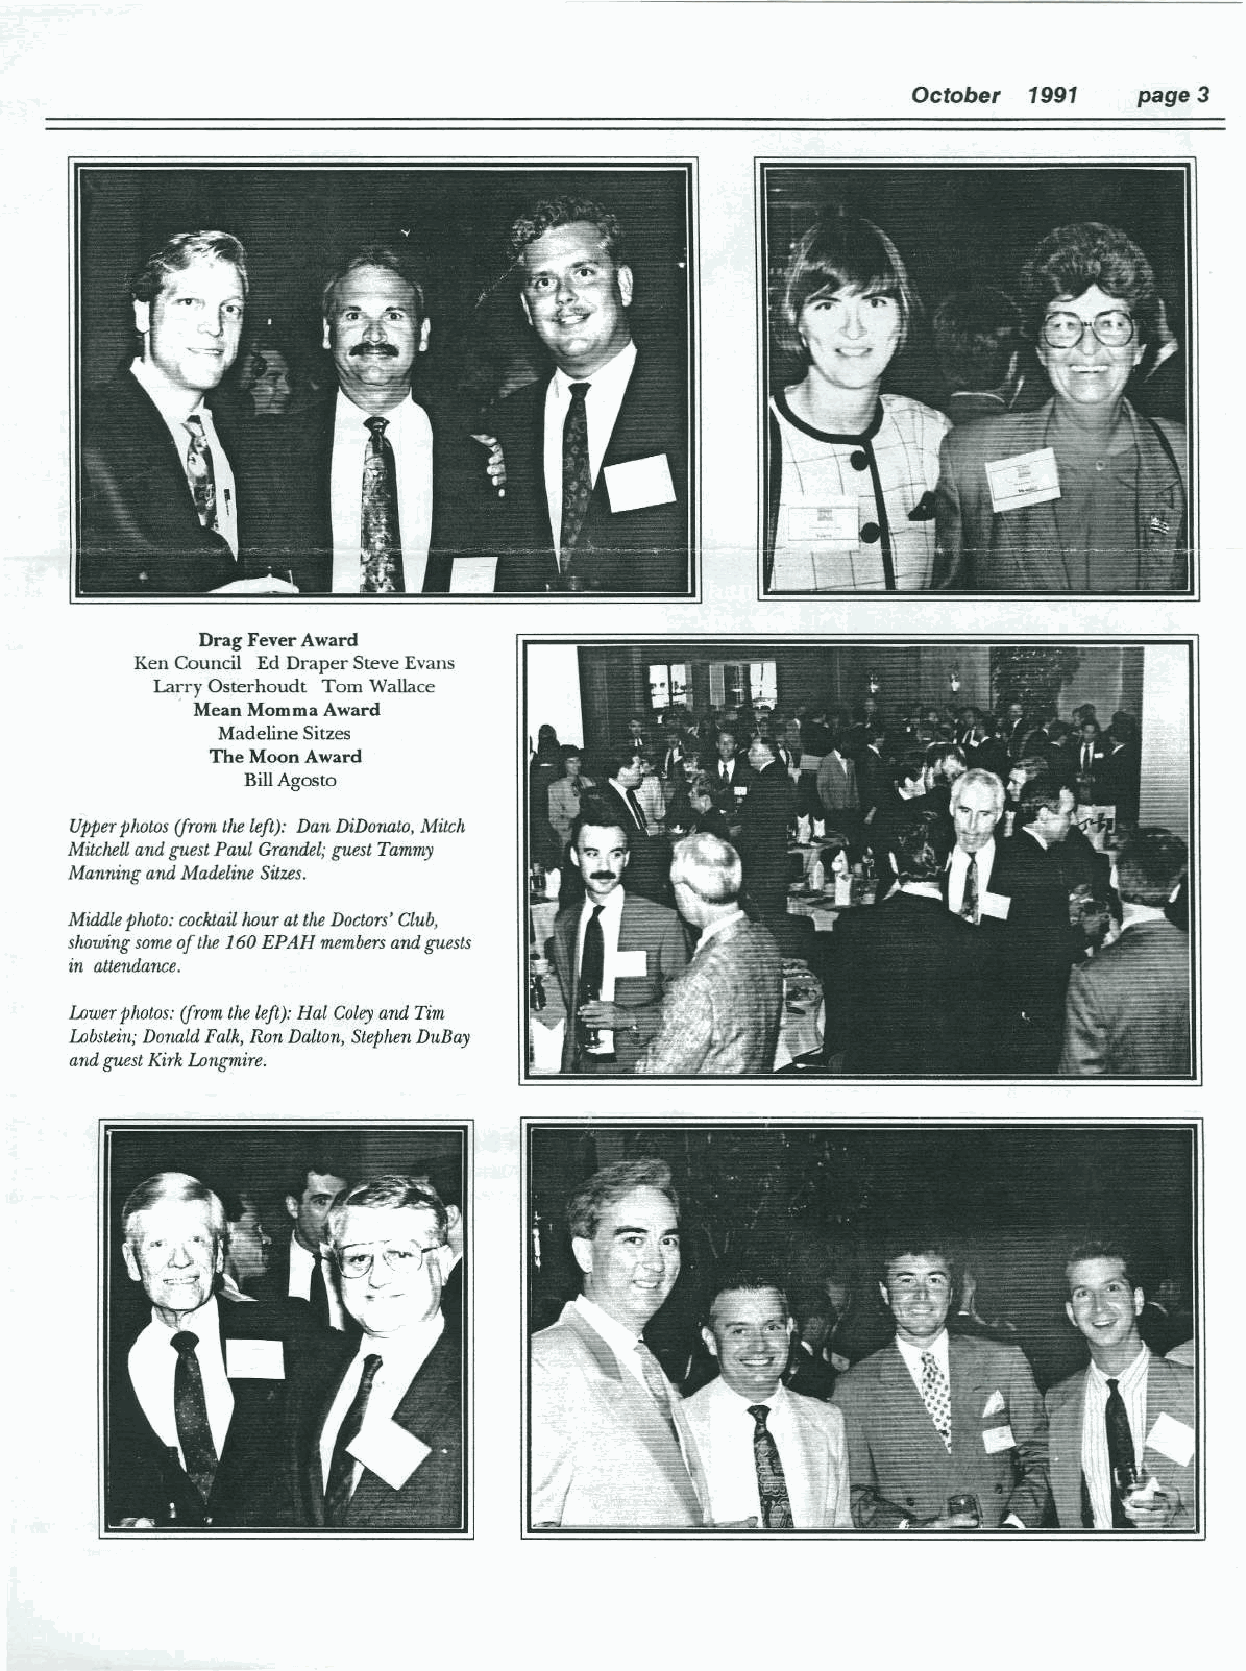
October 1991   page 3
 Drag Fever Award
 Ken Council Ed Draper SteveEvans
 Larry Osterhoudt Tom Wallace
 , Mean Momma Award
 Madeline Sitzes
 The Moon Award
 BillAgosto
 Upperphotos (from the left): Dan DiDonato, Mitch
 Mitchell and guest Paul Gramdel; guest Tammy
 Manning and Madeline Sitzes.
 Middle photo: cocktail hour at theDoctors' Club,
 showing some of the 160 EPAH members and guests
 in attendance.
 Lower photos: (from the left): Hal Coleyand Tim
 Lobstein; Donald Folk, Ron Dalton, Stephen DuBay
 and guest Kirk Longmire.